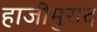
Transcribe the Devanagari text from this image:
हाजीमुराद